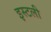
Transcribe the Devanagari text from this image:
इस्टली